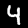
Label: 4